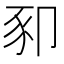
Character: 𰶥